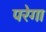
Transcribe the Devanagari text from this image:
परेगा